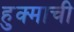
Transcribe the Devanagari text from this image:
हुक्माची